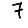
Digit: 7